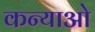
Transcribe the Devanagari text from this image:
कन्याओ